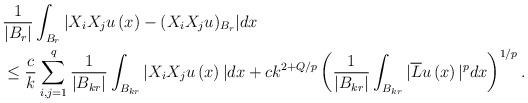
LaTeX: \begin{align*}& \frac{1}{|B_{r}|}\int_{B_{r}}|X_{i}X_{j}u\left( x\right) -(X_{i}X_{j}u)_{B_{r}}|dx\\& \leq\frac{c}{k}\sum_{i,j=1}^{q}\frac{1}{|B_{kr}|}\int_{B_{kr}}|X_{i}X_{j}u\left( x\right) |dx+ck^{2+Q/p}\left( \frac{1}{|B_{kr}|}\int_{B_{kr}}|\overline{L}u\left( x\right) |^{p}dx\right) ^{1/p}.\end{align*}